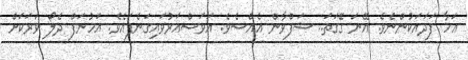
އަހާ ފަދައަކުންނެވެ. އޭނަ ގޭގަތަ.. ޝަފްވާން އެއްސެވެ. އަވަސްއަރުވައިގަނެފައެވެ. އަހުނަފް ދެލޯ ވަރަކަށް